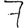
Digit: 7